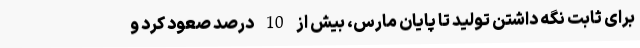
برای ثابت نگه داشتن تولید تا پایان مارس، بیش از 10 درصد صعود کرد و